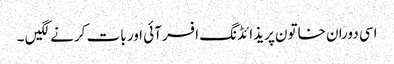
اسی دوران خاتون پریذائڈنگ افسر آئی اور بات کرنے لگیں ۔